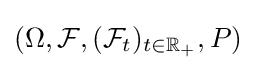
(\Omega ,{\mathcal {F}},({\mathcal {F}}_{t})_{t\in \mathbb {R} _{+}},P)